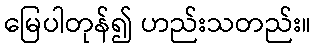
မြေပါတုန်၍ ဟည်းသတည်း။